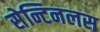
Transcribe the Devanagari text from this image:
सेन्टिनलस